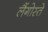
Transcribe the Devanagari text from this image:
लैंगोस्ते